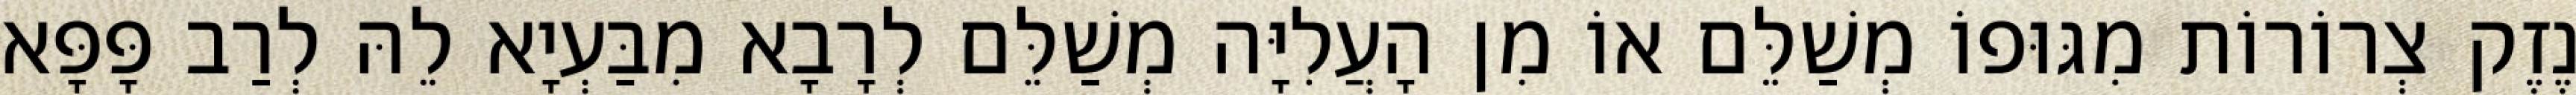
נֶזֶק צְרוֹרוֹת מִגּוּפוֹ מְשַׁלֵּם אוֹ מִן הָעֲלִיָּה מְשַׁלֵּם לְרָבָא מִבַּעְיָא לֵהּ לְרַב פָּפָּא